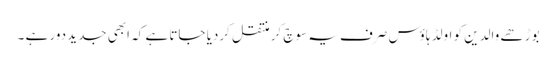
بوڑھے والدین کو اولڈ ہاؤس صرف یہ سوچ کر منتقل کردیا جاتا ہے کہ ابھی جدید دور ہے ۔